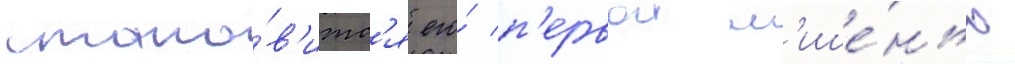
стано́в'итс'я его́ п'ервои м'ише́нью